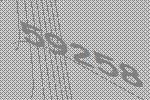
59258